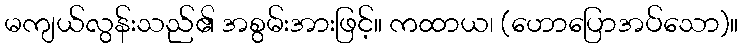
မကျယ်လွန်းသည်၏ အစွမ်းအားဖြင့်။ ကထာယ၊ (ဟောပြောအပ်သော)။